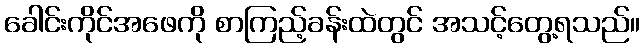
ခေါင်းကိုင်အဖေကို စာကြည့်ခန်းထဲတွင် အသင့်တွေ့ရသည်။